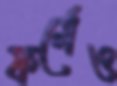
ফর্মেও